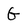
Character: G